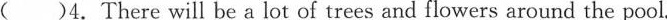
( )4.There will be a lot of trees and flowers around the pool.